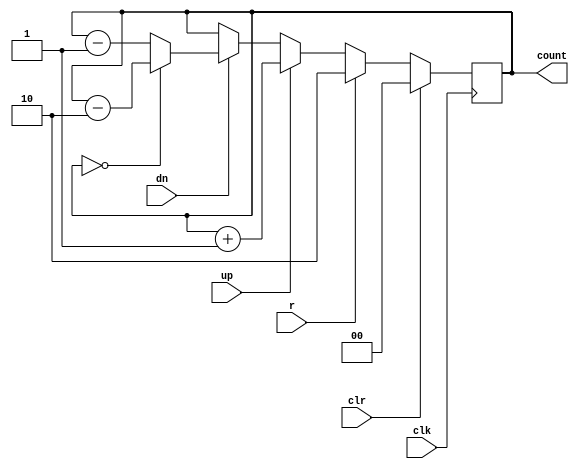
module sample (
input clk,
input clr,  //Active high clear
input r,
input up, //Active high up count enable
input dn, //Active down up count enable
output reg [1:0] count
);

always @(posedge clk) begin
       if(clr == 1) begin
           count <= 'b0;
       end
	   else
	   if(r == 1)
	   count<= 2'b10;
	   else 
	   begin
           if(up == 1) 
		   begin
                 count <= count + 1;
           end 
		   else 
		   if(dn == 1) 
		   begin
				 if(count == 2'b00)
				 count <= count - 2;
				 else
				 count <= count - 1;
           end
       end
end
endmodule